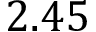
2 . 4 5